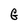
Character: G